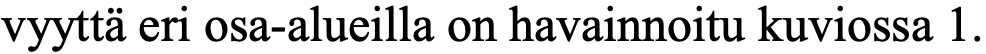
vyyttä eri osa-alueilla on havainnoitu kuviossa 1.